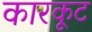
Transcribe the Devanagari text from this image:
कारकूट